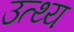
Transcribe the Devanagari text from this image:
उत्थ्य